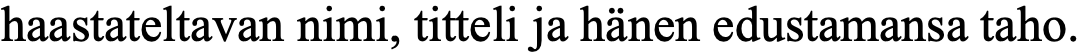
haastateltavan nimi, titteli ja hänen edustamansa taho.